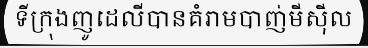
ទីក្រុងញូដេលីបានគំរាមបាញ់មីស៊ីល